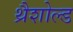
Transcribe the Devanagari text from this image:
थ्रैशोल्ड